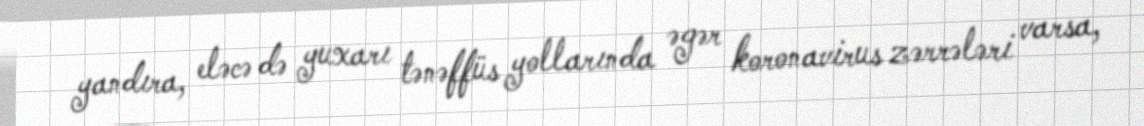
yandıra, eləcə də yuxarı tənəffüs yollarında əgər koronavirus zərrələri varsa,